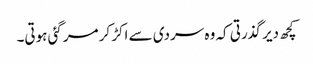
کچھ دیر گذرتی کہ وہ سردی سے اکڑ کر مرگئی ہوتی۔